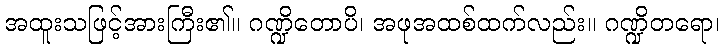
အထူးသဖြင့်အားကြီး၏။ ဂဏ္ဍိတောပိ၊ အဖုအထစ်ထက်လည်း။ ဂဏ္ဍိတရော၊